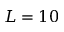
L = 1 0